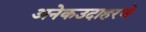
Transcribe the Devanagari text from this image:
अनेकउदाहरणे